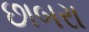
છાબરા